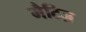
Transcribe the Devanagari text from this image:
मैटिज़